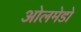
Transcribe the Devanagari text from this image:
ओलमेडो